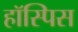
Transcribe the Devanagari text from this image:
हॉस्पिस